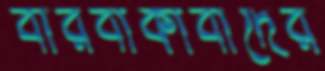
বারবাকাবাদের